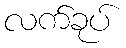
လက်ခုပ်